Vaccine operations Central Provinces 1886-1899 - 1886-1899
Year: 1886
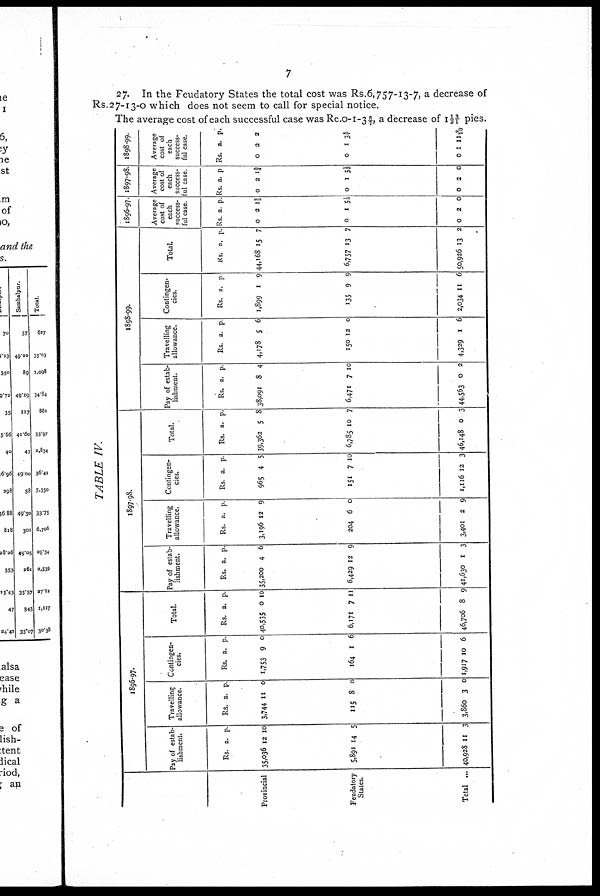
7
27. In the Feudatory States the total cost was Rs.6,757-13-7, a decrease of
Rs.27-13-0 which does not seem to call for special notice.
The average cost of each successful case was Re.0-1-3 5/7, a decrease of 1 13/21 pies.
TABLE IV.
Provincial
Feudatory
States.
Total ...
1896-97.
Pay of estab-
lishment.
Rs.
35,036
5,891
40,928
a.
12
14
11
p.
10
5
3
Travelling
allowance.
Rs.
3,744
115
3,860
a.
11
8
3
p.
0
0
0
Contingen-
cies.
Rs.
1,753
164
1,917
a.
9
1
0
p.
0
6
6
Total.
Rs.
40,535
6,171
46,706
a.
0
7
8
p.
10
11
9
1897-98.
Pay of estab-
lishment.
Rs.
35,200
6,429
41,630
a,
4
12
1
p.
6
9
3
Travelling
allowance.
Rs.
3,196
204
3,401
a.
12
6
2
p
9
0
9
Contingen-
cies.
Rs.
965
151
1,116
a.
4
7
12
p
5
10
3
Total.
Rs.
39,362
6,785
46,148
a.
5
10
0
p.
8
7
3
1898-99.
Pay of estab-
lishment.
Rs.
38,091
6,471
44,563
a.
8
7
0
p.
4
10
2
Travelling
allowance.
Rs.
4,178
150
4,329
a.
5
12
1
p
6
0
6
Contingen-
cies.
Rs.
1,899
135
2,034
a.
1
9
11
p
9
9
6
Total.
Rs.
44,168
6,757
50,926
a.
15
13
13
p.
7
7
2
1896-97.
Average
cost of
each
success-
ful case.
Rs.
0
0
0
a.
2
1
2
p
1 2/5
5 1/3
0
1897-98.
Average
cost of
each
success-
ful case
Rs.
0
0
0
a.
2
1
2
p
1¾
5 1/3
0
1898-99.
Average
cost of
each
success-
ful case.
Rs.
0
0
0
a.
2
1
1
p.
2
3 5/7
11 9/10